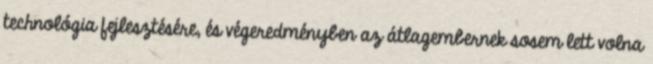
technológia fejlesztésére, és végeredményben az átlagembernek sosem lett volna